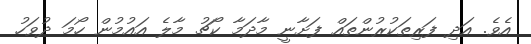
އެވެ. އަދި ފަރިތަކުރުންތައް ފަށާނީ މާދަމާ ކޯޗު މާލެ އައުމުން ހޯމަ ދުވަހު